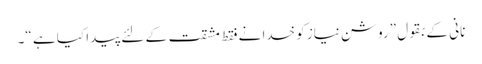
نانی کے بقول ”روشن نیاز کو خدا نے فقط مشقت کے لئے پیدا کیا ہے “۔